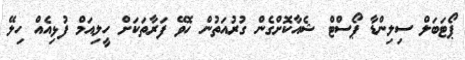
ޕޯޓަބަލް ސިލިންޑާ ޕޯސްޓް ޝެއާކޮށްގެން ގުރުއަތުން ހޮވޭ ފަރާތަކަށް ހީލިއަމް ފުޅިއެއް ހިލޭ